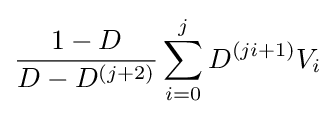
{1-D \over D-D^{(j+2)}}\sum _{i=0}^{j}D^{(ji+1)}V_{i}